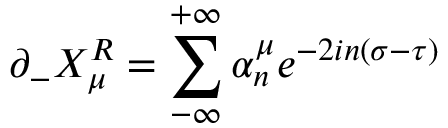
\partial _ { - } X _ { \mu } ^ { R } = \sum _ { - \infty } ^ { + \infty } \alpha _ { n } ^ { \mu } e ^ { - 2 i n ( \sigma - \tau ) }